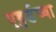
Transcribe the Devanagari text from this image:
एड्वर्डच्या